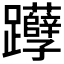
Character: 𰸹